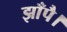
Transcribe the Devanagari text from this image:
झाँपै।